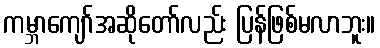
ကမ္ဘာကျော်အဆိုတော်လည်း ပြန်ဖြစ်မလာဘူး။